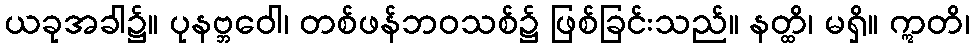
ယခုအခါ၌။ ပုနဗ္ဘဝေါ၊ တစ်ဖန်ဘဝသစ်၌ ဖြစ်ခြင်းသည်။ နတ္ထိ၊ မရှိ။ ဣတိ၊